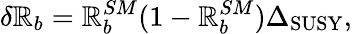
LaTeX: \delta\mathbb{R}_{b}=\mathbb{R}_{b}^{SM}(1-\mathbb{R}_{b}^{SM})\Delta_{\mathrm{{SUSY}}},